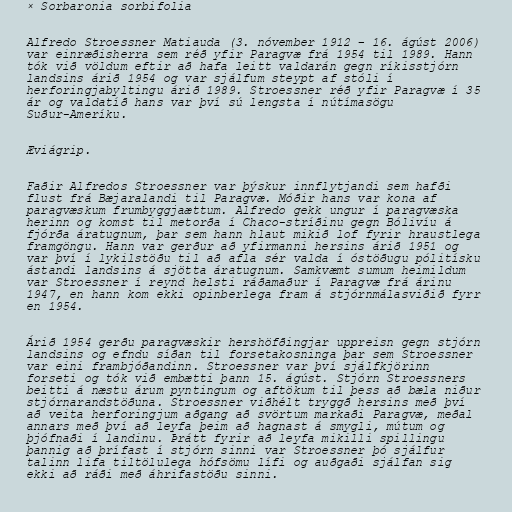
× Sorbaronia sorbifolia

Alfredo Stroessner Matiauda (3. nóvember 1912 – 16. ágúst 2006)
var einræðisherra sem réð yfir Paragvæ frá 1954 til 1989. Hann
tók við völdum eftir að hafa leitt valdarán gegn ríkisstjórn
landsins árið 1954 og var sjálfum steypt af stóli í
herforingjabyltingu árið 1989. Stroessner réð yfir Paragvæ í 35
ár og valdatíð hans var því sú lengsta í nútímasögu
Suður-Ameríku.

Æviágrip.

Faðir Alfredos Stroessner var þýskur innflytjandi sem hafði
flust frá Bæjaralandi til Paragvæ. Móðir hans var kona af
paragvæskum frumbyggjaættum. Alfredo gekk ungur í paragvæska
herinn og komst til metorða í Chaco-stríðinu gegn Bólivíu á
fjórða áratugnum, þar sem hann hlaut mikið lof fyrir hraustlega
framgöngu. Hann var gerður að yfirmanni hersins árið 1951 og
var því í lykilstöðu til að afla sér valda í óstöðugu pólitísku
ástandi landsins á sjötta áratugnum. Samkvæmt sumum heimildum
var Stroessner í reynd helsti ráðamaður í Paragvæ frá árinu
1947, en hann kom ekki opinberlega fram á stjórnmálasviðið fyrr
en 1954.

Árið 1954 gerðu paragvæskir hershöfðingjar uppreisn gegn stjórn
landsins og efndu síðan til forsetakosninga þar sem Stroessner
var eini frambjóðandinn. Stroessner var því sjálfkjörinn
forseti og tók við embætti þann 15. ágúst. Stjórn Stroessners
beitti á næstu árum pyntingum og aftökum til þess að bæla niður
stjórnarandstöðuna. Stroessner viðhélt tryggð hersins með því
að veita herforingjum aðgang að svörtum markaði Paragvæ, meðal
annars með því að leyfa þeim að hagnast á smygli, mútum og
þjófnaði í landinu. Þrátt fyrir að leyfa mikilli spillingu
þannig að þrífast í stjórn sinni var Stroessner þó sjálfur
talinn lifa tiltölulega hófsömu lífi og auðgaði sjálfan sig
ekki að ráði með áhrifastöðu sinni.